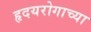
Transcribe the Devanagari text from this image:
हृदयरोगाच्या